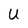
Character: U